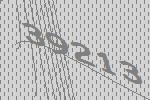
39213